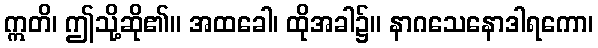
ဣတိ၊ ဤသို့ဆို၏။ အထခေါ၊ ထိုအခါ၌။ နာဂသေနောဒါရကော၊